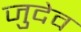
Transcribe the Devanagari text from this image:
जुदेव